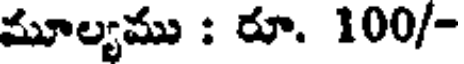
మూల్యము : రూ. 100/-